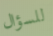
للسؤال